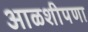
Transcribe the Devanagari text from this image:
आळशीपणा